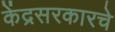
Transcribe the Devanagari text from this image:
केंद्रसरकारचे